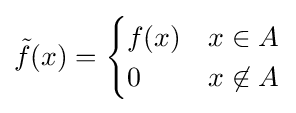
{\tilde {f}}(x)={\begin{cases}f(x)&x\in A\\0&x\not \in A\end{cases}}